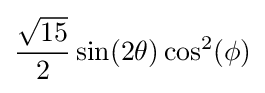
{\frac {\sqrt {15}}{2}}\sin(2\theta )\cos ^{2}(\phi )